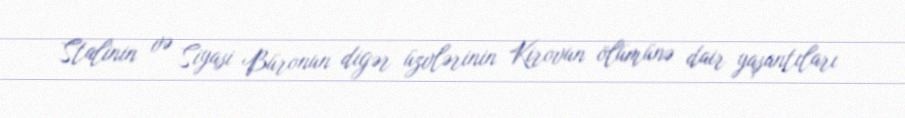
Stalinin və Siyasi Büronun digər üzvlərinin Kirovun ölümünə dair yaşantıları